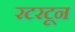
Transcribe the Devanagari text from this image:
रटरटून